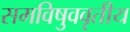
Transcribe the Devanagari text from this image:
समविषुववृतीय